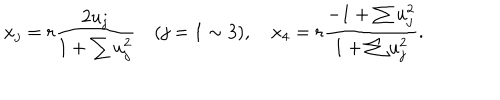
LaTeX: x _ { j } = r \frac { 2 u _ { j } } { 1 + \sum u _ { j } ^ { 2 } } \quad ( j = 1 \sim 3 ) , \quad x _ { 4 } = r \frac { - 1 + \sum u _ { j } ^ { 2 } } { 1 + \sum u _ { j } ^ { 2 } } .